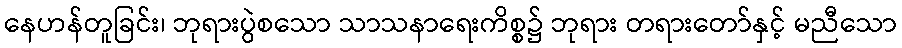
နေဟန်တူခြင်း၊ ဘုရားပွဲစသော သာသနာရေးကိစ္စ၌ ဘုရား တရားတော်နှင့် မညီသော